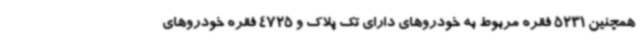
همچنین 5231 فقره مربوط به خودروهای دارای تک پلاک و 4725 فقره خودروهای